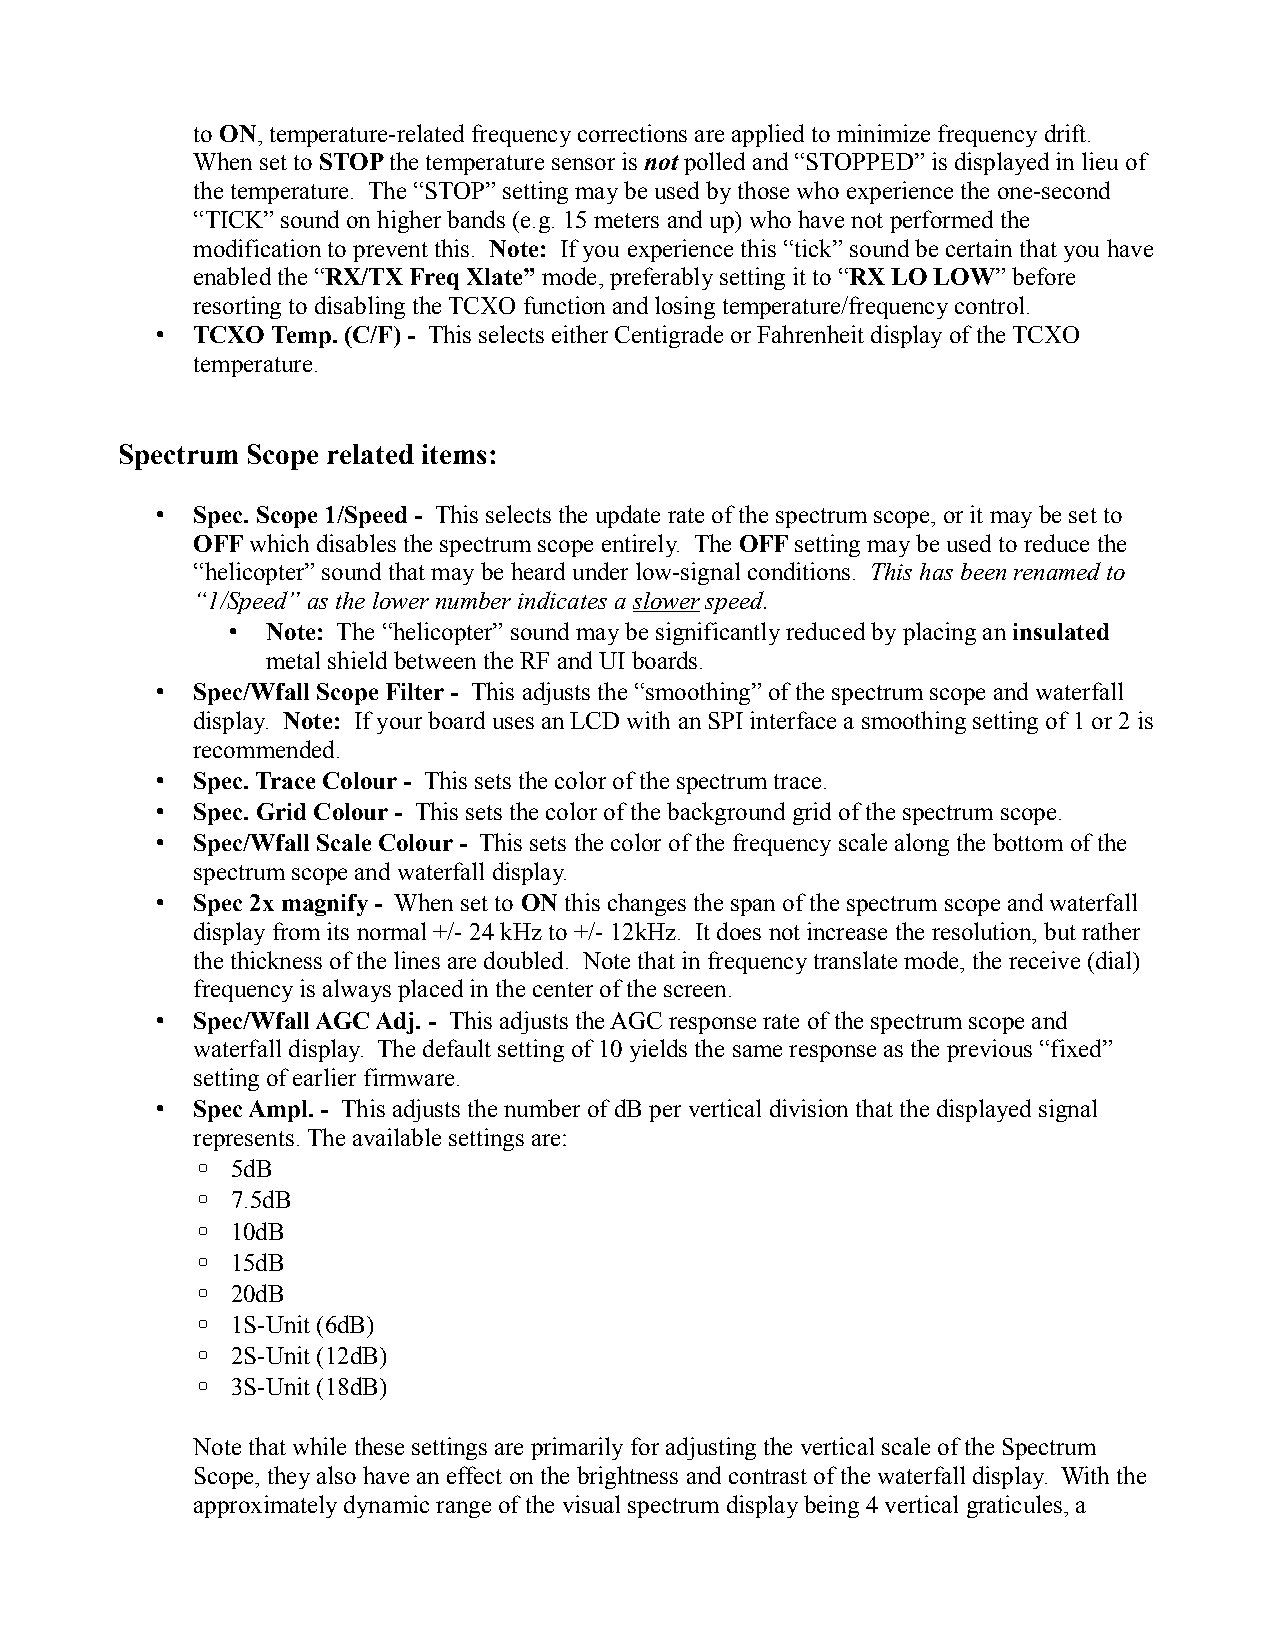
to ON, temperature-related frequency corrections are applied to minimize frequency drift.
 When set to STOP the temperature sensor is not polled and “STOPPED” is displayed in lieu of
 the temperature. The “STOP” setting may be used by those who experience the one-second
 “TICK” sound on higher bands (e.g. 15 meters and up) who have not performed the
 modification to prevent this. Note: If you experience this “tick” sound be certain that you have
 enabled the “RX/TX Freq Xlate” mode, preferably setting it to “RX LO LOW” before
 resorting to disabling the TCXO function and losing temperature/frequency control.
 •  TCXO Temp. (C/F) - This selects either Centigrade or Fahrenheit display of the TCXO
 temperature.
 Spectrum Scope related items:
 •  Spec. Scope 1/Speed - This selects the update rate of the spectrum scope, or it may be set to
 OFF which disables the spectrum scope entirely. The OFF setting may be used to reduce the
 “helicopter” sound that may be heard under low-signal conditions. This has been renamed to
 “1/Speed” as the lower number indicates a slower speed.
 •  Note: The “helicopter” sound may be significantly reduced by placing an insulated
 metal shield between the RF and UI boards.
 •  Spec/Wfall Scope Filter - This adjusts the “smoothing” of the spectrum scope and waterfall
 display. Note: If your board uses an LCD with an SPI interface a smoothing setting of 1 or 2 is
 recommended.
 •  Spec. Trace Colour - This sets the color of the spectrum trace.
 •  Spec. Grid Colour - This sets the color of the background grid of the spectrum scope.
 •  Spec/Wfall Scale Colour - This sets the color of the frequency scale along the bottom of the
 spectrum scope and waterfall display.
 •  Spec 2x magnify - When set to ON this changes the span of the spectrum scope and waterfall
 display from its normal +/- 24 kHz to +/- 12kHz. It does not increase the resolution, but rather
 the thickness of the lines are doubled. Note that in frequency translate mode, the receive (dial)
 frequency is always placed in the center of the screen.
 •  Spec/Wfall AGC Adj. - This adjusts the AGC response rate of the spectrum scope and
 waterfall display. The default setting of 10 yields the same response as the previous “fixed”
 setting of earlier firmware.
 •  Spec Ampl. - This adjusts the number of dB per vertical division that the displayed signal
 represents. The available settings are:
 ◦ 5dB
 ◦ 7.5dB
 ◦ 10dB
 ◦ 15dB
 ◦ 20dB
 ◦ 1S-Unit (6dB)
 ◦ 2S-Unit (12dB)
 ◦ 3S-Unit (18dB)
 Note that while these settings are primarily for adjusting the vertical scale of the Spectrum
 Scope, they also have an effect on the brightness and contrast of the waterfall display. With the
 approximately dynamic range of the visual spectrum display being 4 vertical graticules, a